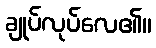
ချုပ်လုပ်လေ၏။